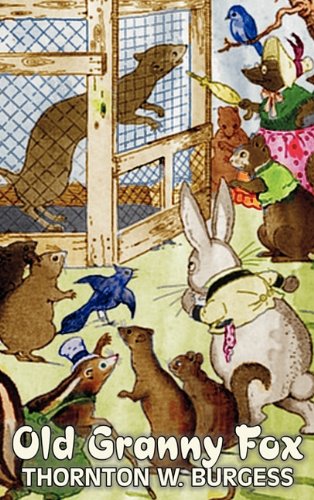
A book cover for Old Granny Fox; Thornton W. Burgess; Children's Books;